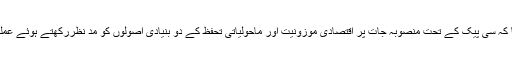
انہوں نے کہا کہ سی پیک کے تحت منصوبہ جات پر اقتصادی موزونیت اور ماحولیاتی تحفظ کے دو بنیادی اصولوں کو مد نظررکھتے ہوئے عملدرآمد کیا گیا۔